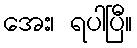
အေး၊ ရပါပြီ။